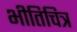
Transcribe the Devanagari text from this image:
भीतिचित्र